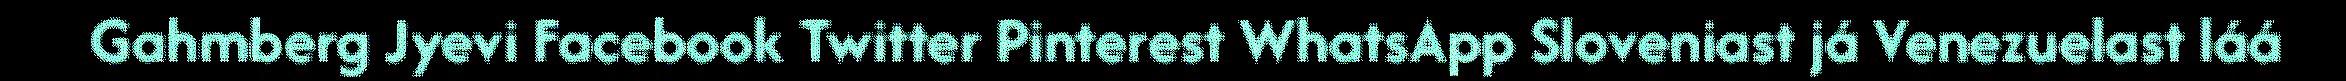
Gahmberg Jyevi Facebook Twitter Pinterest WhatsApp Sloveniast já Venezuelast láá